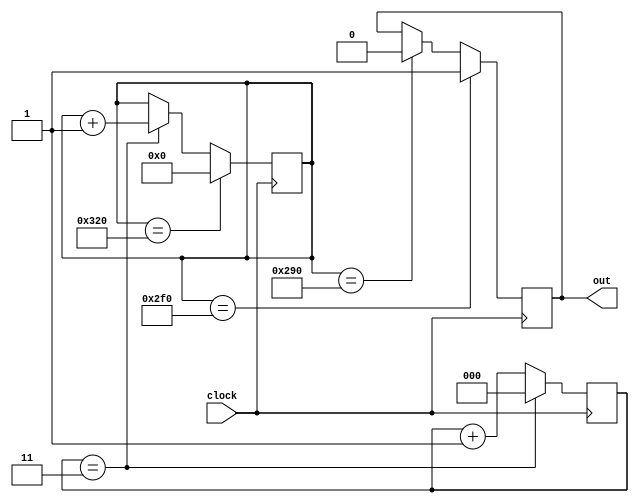
module horizontalCounter(
    input      clock,
	output     out
);
    wire      res;
    reg       out;
	reg[2:0]  horizontal_clock;
    reg[9:0]  count;
    assign res = 1;


	always @(negedge clock) begin
		if (!res)	begin
			out <= 1;
			horizontal_clock <= 0;
			count <= 0;
		end
		else begin
			horizontal_clock <= horizontal_clock + 1;
		  if ( horizontal_clock == 3 ) begin
			 horizontal_clock <= 0;
			 count <= count + 1;
		  end
		  if ( count == 656 ) begin
		     out <= 0;
		  end
		  if ( count == 752 ) begin
		     out <= 1;
		  end
		  if ( count == 800 ) begin
		     count <= 0;
		  end
		end
	end

endmodule